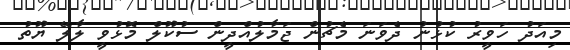
މިއަދު ހަވީރު ކުޅުނު ދެވަނަ މެޗުން ޖަމާލުއްދީން ސުކޫލް މޮޅުވީ ލާލޭ ޔޫތު